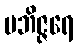
ပဘိဇ္ဇရေ